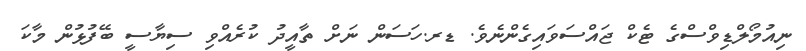
ނިއުމޯލްޑިވްސްގެ ޓެކް ޖައްސަވައިގެންނެވެ. ޑރ.ހަސަން ނަށް ތާއީދު ކުރެއްވި ސިޔާސީ ބޭފުޅުން މާކަ